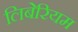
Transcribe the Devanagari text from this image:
लिबेरियम